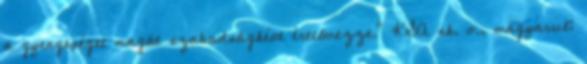
a gyengeséget magát szabadságként értelmezze.” KSA sk. o., magyarul: